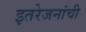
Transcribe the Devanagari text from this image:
इतरेजनांची